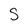
Character: S